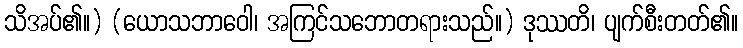
သိအပ်၏။) (ယောသဘာဝေါ၊ အကြင်သဘောတရားသည်။) ဒုဿတိ၊ ပျက်စီးတတ်၏။